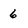
Character: 6